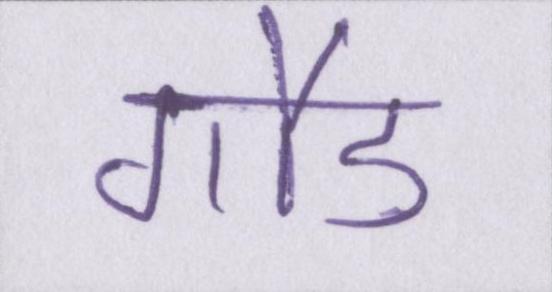
गौड़